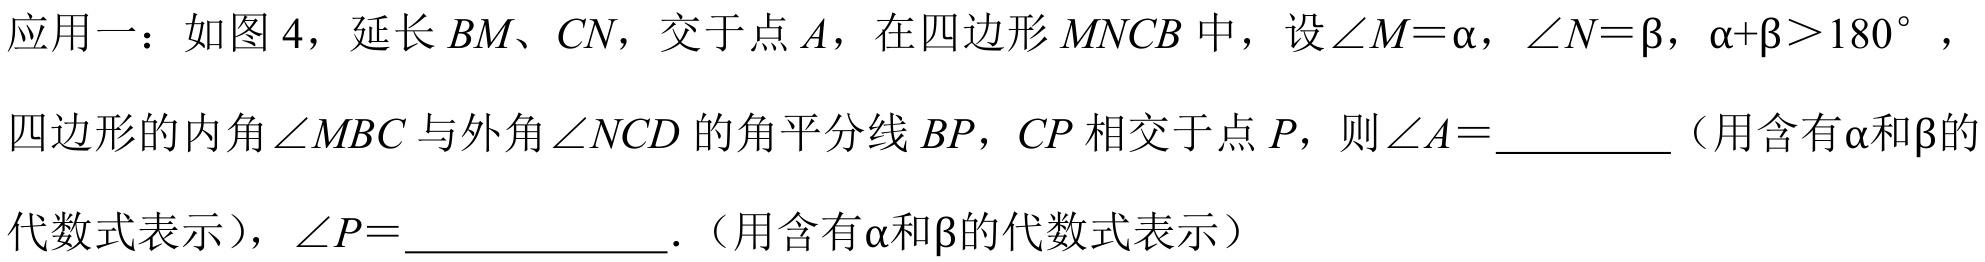
应用一：如图 4，延长 \(BM、CN\)，交于点 \(A\)，在四边形 \(MNCB\) 中，设\(\angle M = \alpha\)，\(\angle N=\beta\)，\(\alpha + \beta>180^{\circ}\)，
四边形的内角\(\angle MBC\)与外角\(\angle NCD\)的角平分线 \(BP\)，\(CP\) 相交于点 \(P\)，则\(\angle A = \)  （用含有\(\alpha\)和\(\beta\)的
代数式表示），\(\angle P = \)  ．（用含有\(\alpha\)和\(\beta\)的代数式表示）